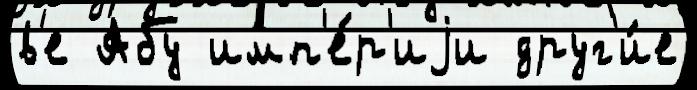
в'е Абу имп'е́р'иjи друг'и́е